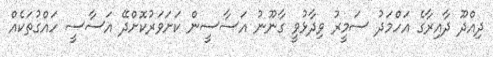
ދިއްދޫ ދާއިރާގެ އަހްމަދު ސަމީރު ވިދާޅުވީ ގާނޫނު އަސާސީން ކަށަވަރުކޮށްދޭ އަސާސީ ހައްގުތަކެއް